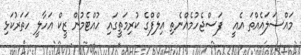
މައްސަލައެއްތަ އެއީ  ފަސްޖެހުމެއްނެތި އިލްފްގެ ކުރިމަތީގައި ހުއްޓެމުން ޒީކް އަހާލީ ހަތަރުކަޅި